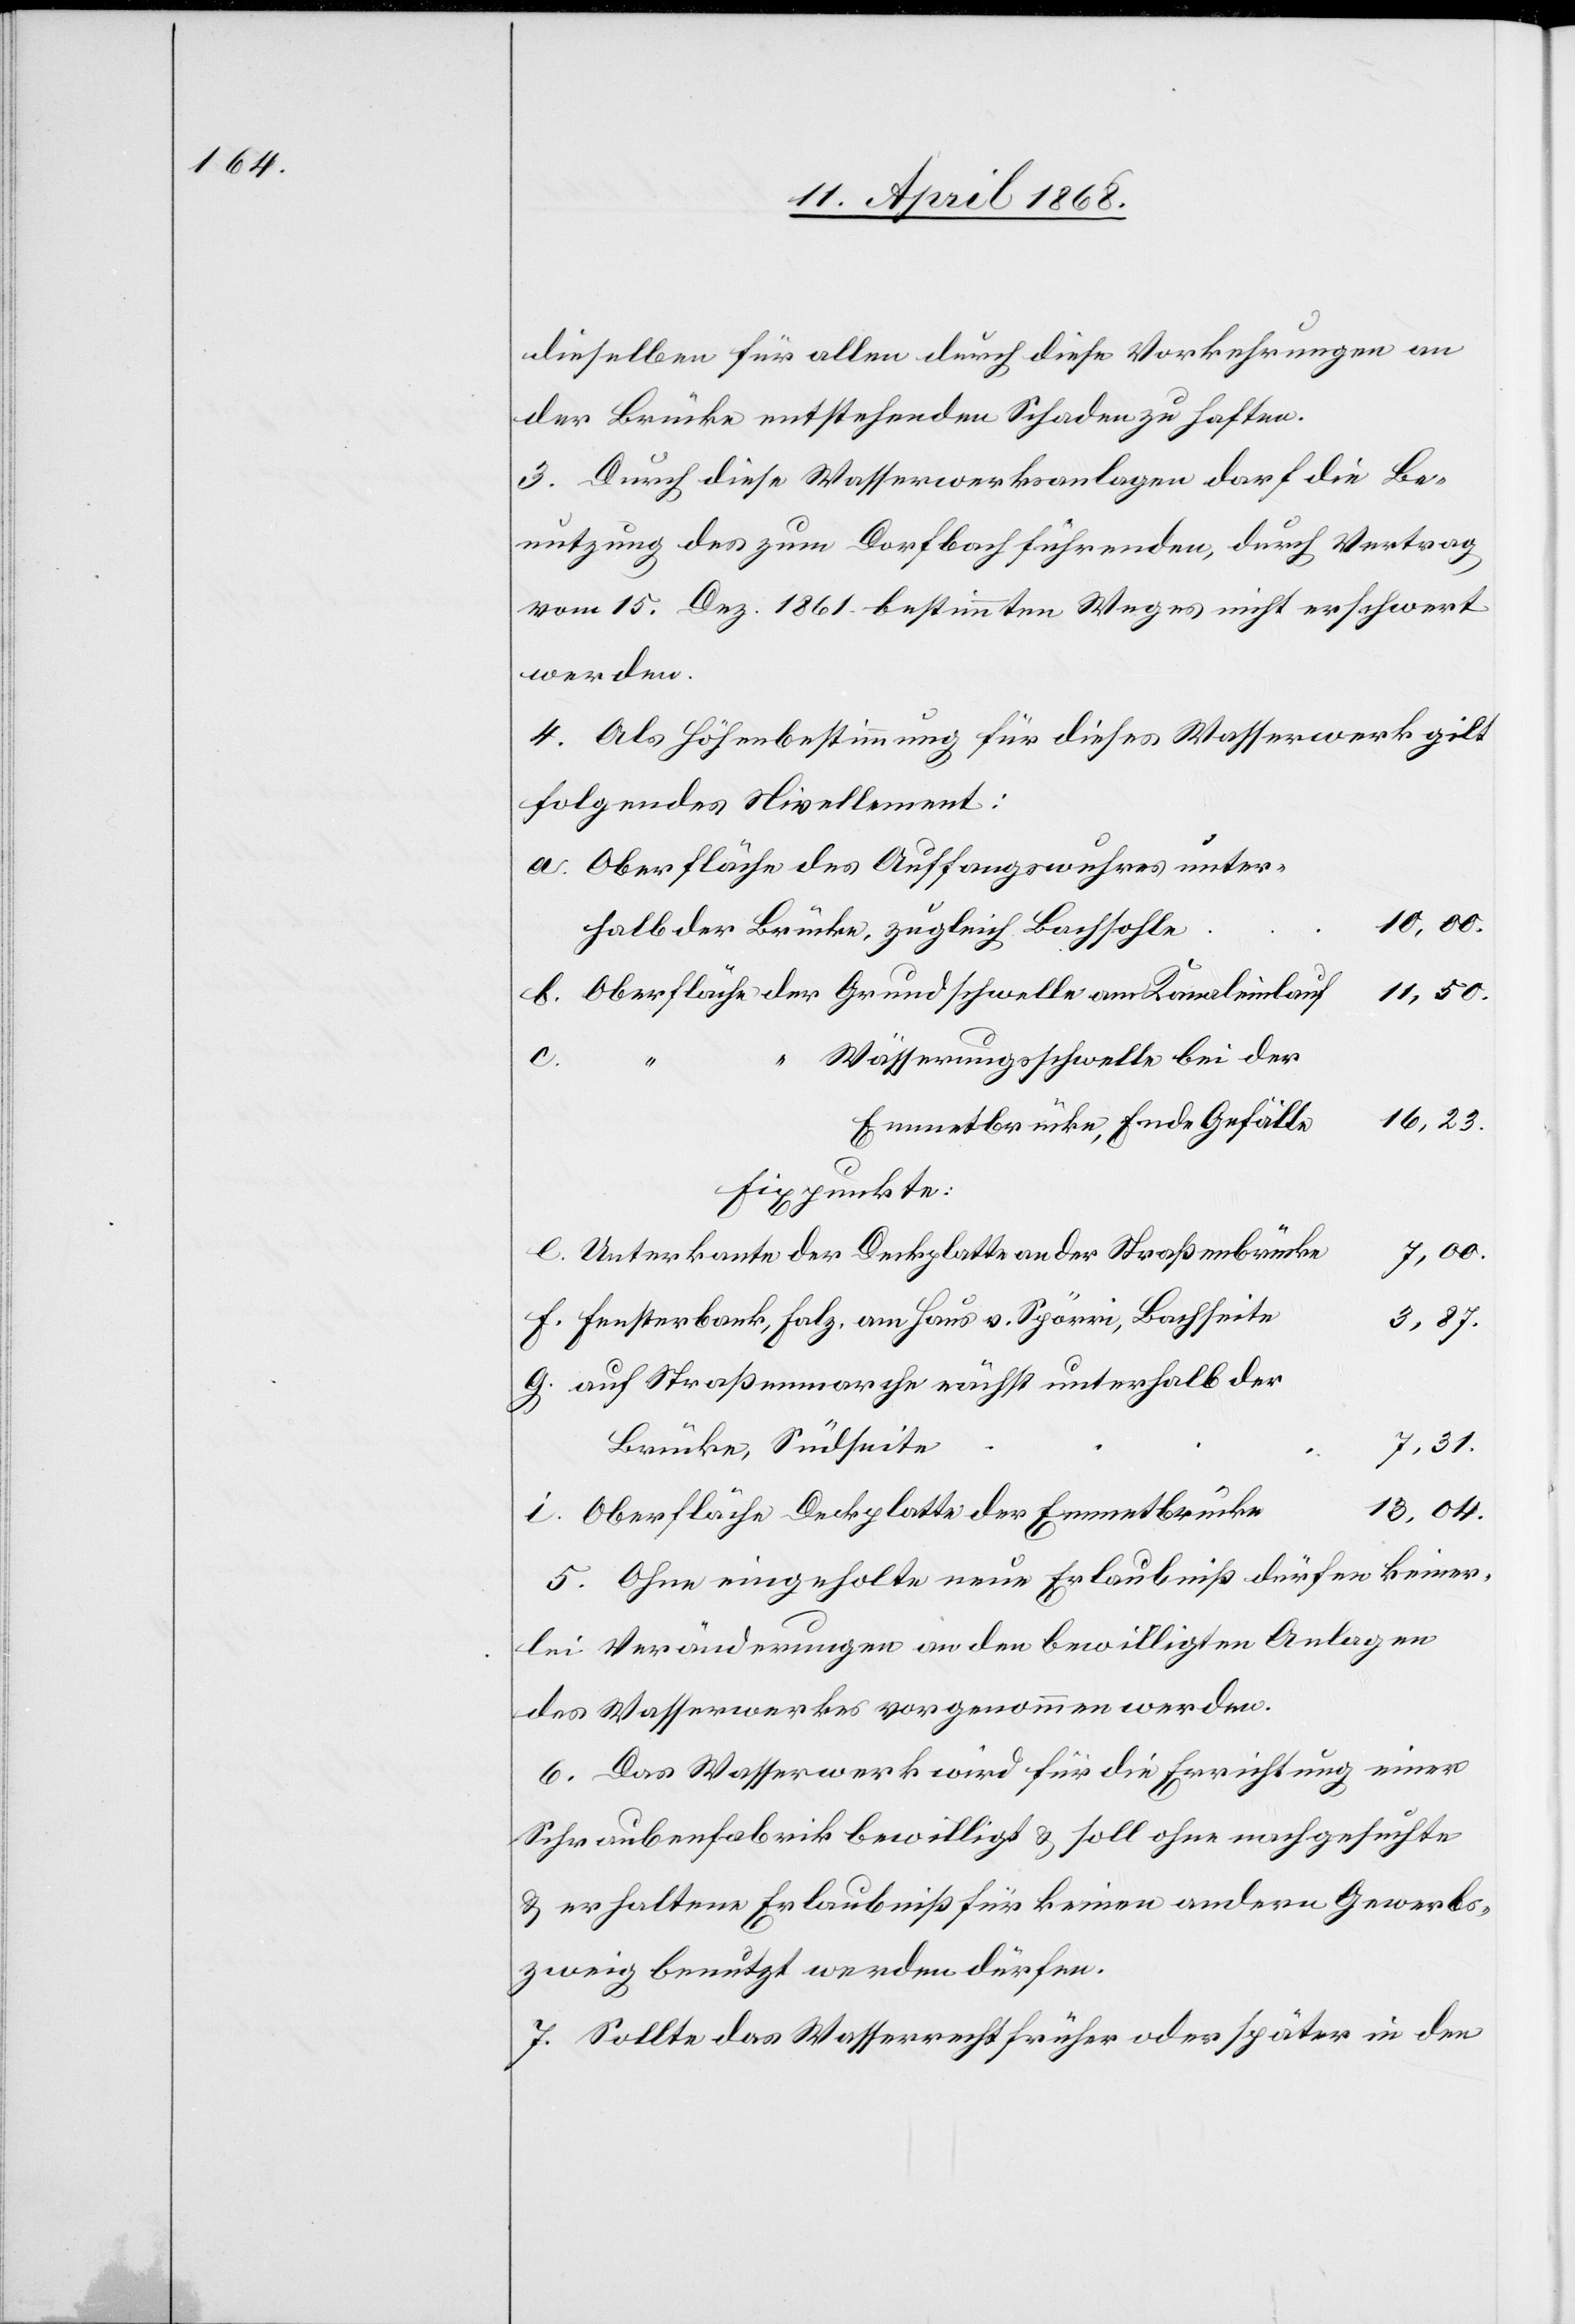
dieselben für allen durch diese Vorkehrungen an
der Brücke entstehenden Schaden zu haften.
3. Durch diese Wasserwerksanlagen darf die Be¬
nutzung des zum Dorfbach führenden, durch Vertrag
vom 15. Dez. 1861 bestimmten Weges nicht erschwert
werden.
4. Als Höhenbestimmung für dieses Wasserwerk gilt
folgendes Nivellement:
Oberfläche des Auffangswuhres unter¬
10,00.
halb der Brücke, zugleich Bachsohle
Oberfläche der Grundschwelle am Kanaleinlauf
Wässerungsschwelle bei der
16,23.
Emmetbrücke, Ende Gefälle
Fixpunkte:
Unterkante der Deckplatte an der Straßenbrücke
7,00.
Fensterbank, Falz. am Haus v. Spörri, Bachseite
3,87.
auf Straßenmarche nächst unterhalb der
7,31.
Brücke, Südseite
13,04.
Oberfläche Deckplatte der Emmetbrücke
5. Ohne eingeholte neue Erlaubniß dürfen keiner¬
lei Veränderungen an den bewilligten Anlagen
des Wasserwerkes vorgenommen werden.
6. Das Wasserwerk wird für die Errichtung einer
Schraubenfabrik bewilligt & soll ohne nachgesuchte
& erhaltene Erlaubniß für keinen andern Gewerbs¬
zweig benutzt werden dürfen.
7. Sollte das Wasserrecht früher oder später in den